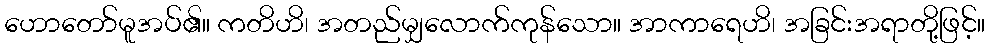
ဟောတော်မူအပ်၏။ ကတိဟိ၊ အတည်မျှလောက်ကုန်သော။ အာကာရေဟိ၊ အခြင်းအရာတို့ဖြင့်။